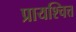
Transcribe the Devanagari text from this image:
प्रायश्‍चित्त